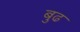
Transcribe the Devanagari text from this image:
बुढ